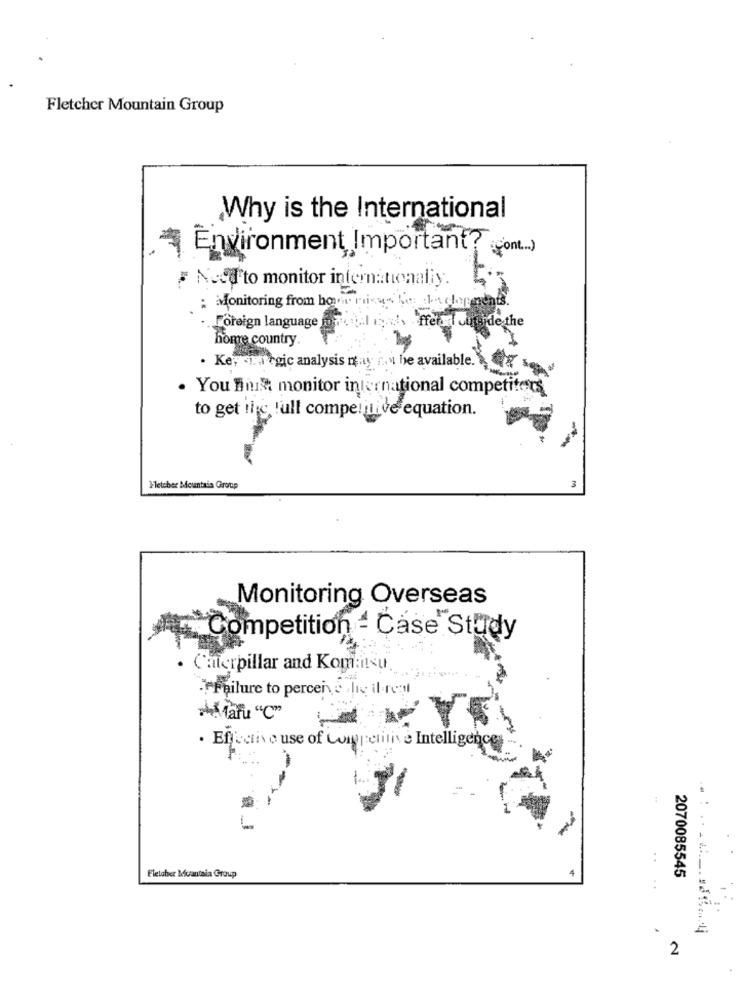
Fletcher Mountain Group
Why is the International
Environment, Important
# Need to monitor internationaliy.
: Monitoring from home picus him ala depends.
.. Foreign language Jo
home country.
. Key La rgic analysis may not be available.
. You finil monitor international competitors
to get ing full competitive equation.
Fletcher Mountain Group
Monitoring Overseas
Competition : Case Study
Caterpillar and Komtilsu.
Failure to perceive die il re
harfu "C"
. Effective use of Competitive Intelligence
Fletaber Muantala Group
2070085545
:
.
2